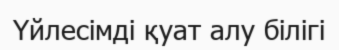
Үйлесімді қуат алу білігі